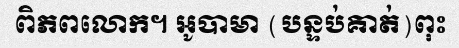
ពិភពលោក។ អូបាមា (បន្ទប់គាត់)ពុះ